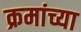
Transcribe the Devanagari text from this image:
क्रमांच्या